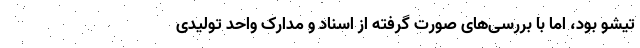
تیشو بود، اما با بررسی‌های صورت گرفته از اسناد و مدارک واحد تولیدی